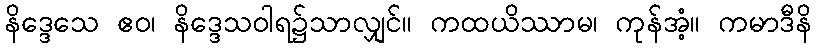
နိဒ္ဒေသေ ဧဝ၊ နိဒ္ဒေသဝါရ၌သာလျှင်။ ကထယိဿာမ၊ ကုန်အံ့။ ကမာဒီနိ